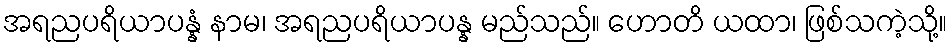
အရညပရိယာပန္နံ နာမ၊ အရညပရိယာပန္န မည်သည်။ ဟောတိ ယထာ၊ ဖြစ်သကဲ့သို့။